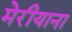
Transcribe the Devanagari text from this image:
मेरीयाना